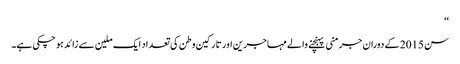
‘‘
سن 2015 کے دوران جرمنی پہنچنے والے مہاجرین اور تارکین وطن کی تعداد ایک ملین سے زائد ہو چکی ہے۔